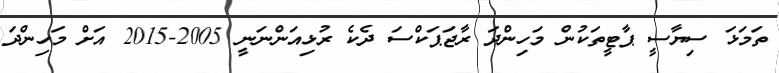
ތަމަޅަ ސިޔާސީ ޕާޓީތަކުން މަހިންދަ ރާޖަޕަކްސަ ދެކެ ރުޅިއަންނަނީ 2005-2015 އަށް މަހިންދަ